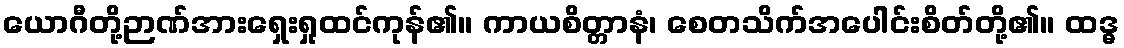
ယောဂီတို့ဉာဏ်အားရှေးရှုထင်ကုန်၏။ ကာယစိတ္တာနံ၊ စေတသိက်အပေါင်းစိတ်တို့၏။ ထဒ္ဓ